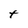
Character: t